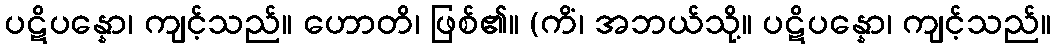
ပဋိပန္နော၊ ကျင့်သည်။ ဟောတိ၊ ဖြစ်၏။ (ကိံ၊ အဘယ်သို့။ ပဋိပန္နော၊ ကျင့်သည်။